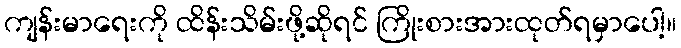
ကျန်းမာရေးကို ထိန်းသိမ်းဖို့ဆိုရင် ကြိုးစားအားထုတ်ရမှာပေါ့။